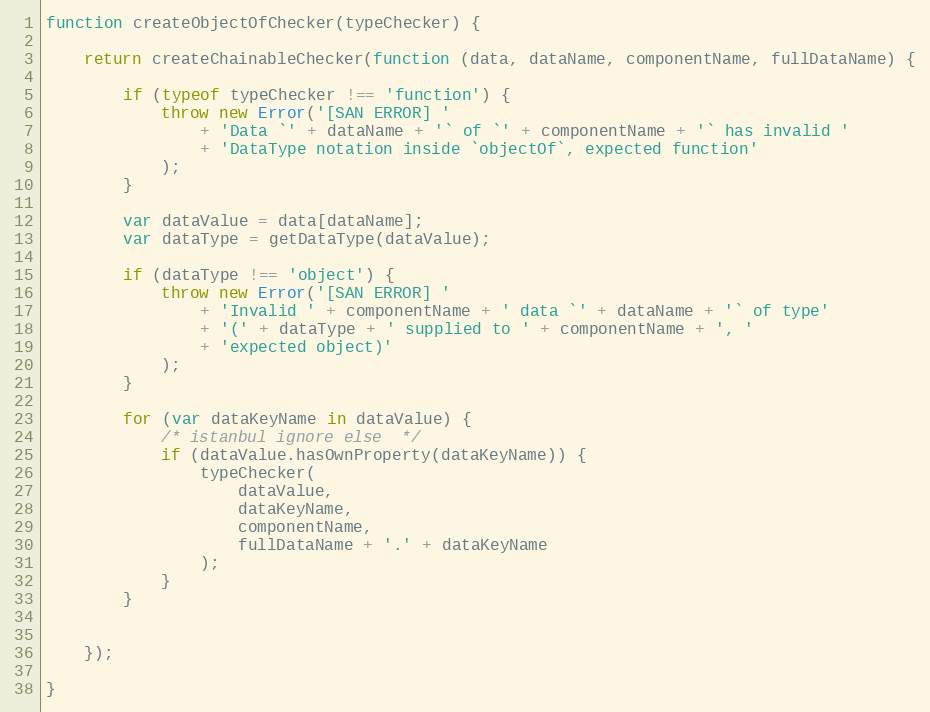
Language: JavaScript
function createObjectOfChecker(typeChecker) {

    return createChainableChecker(function (data, dataName, componentName, fullDataName) {

        if (typeof typeChecker !== 'function') {
            throw new Error('[SAN ERROR] '
                + 'Data `' + dataName + '` of `' + componentName + '` has invalid '
                + 'DataType notation inside `objectOf`, expected function'
            );
        }

        var dataValue = data[dataName];
        var dataType = getDataType(dataValue);

        if (dataType !== 'object') {
            throw new Error('[SAN ERROR] '
                + 'Invalid ' + componentName + ' data `' + dataName + '` of type'
                + '(' + dataType + ' supplied to ' + componentName + ', '
                + 'expected object)'
            );
        }

        for (var dataKeyName in dataValue) {
            /* istanbul ignore else  */
            if (dataValue.hasOwnProperty(dataKeyName)) {
                typeChecker(
                    dataValue,
                    dataKeyName,
                    componentName,
                    fullDataName + '.' + dataKeyName
                );
            }
        }

    });

}